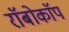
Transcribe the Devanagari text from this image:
राॅबोकाॅप